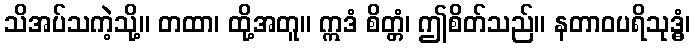
သိအပ်သကဲ့သို့။ တထာ၊ ထို့အတူ။ ဣဒံ စိတ္တံ၊ ဤစိတ်သည်။ နတာဝပရိသုဒ္ဓံ၊